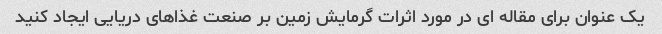
یک عنوان برای مقاله ای در مورد اثرات گرمایش زمین بر صنعت غذاهای دریایی ایجاد کنید